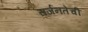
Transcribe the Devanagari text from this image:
सर्जनतेची